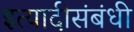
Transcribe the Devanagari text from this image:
इत्यादीसंबंधी